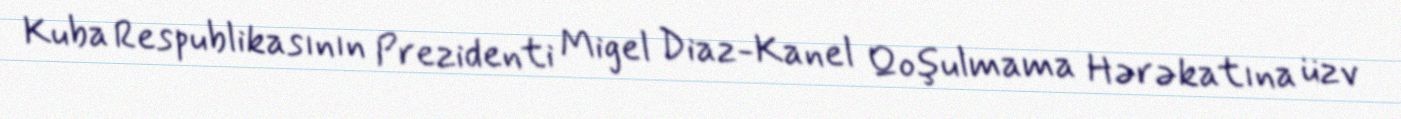
Kuba Respublikasının Prezidenti Migel Diaz-Kanel Qoşulmama Hərəkatına üzv